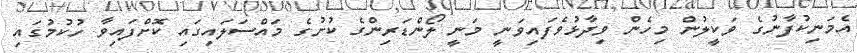
އެމަނިކުފާނުގެ ވަކީލުން މިހެން ވިދާޅުވެފައިވަނީ މަނީ ލޯންޑަރިންގެ ކުށުގެ މައްސަލައިގައި ކޮށްފައިވާ ހުކުމުގައި